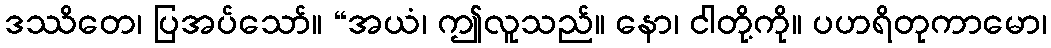
ဒဿိတေ၊ ပြအပ်သော်။ “အယံ၊ ဤလူသည်။ နော၊ ငါတို့ကို။ ပဟရိတုကာမော၊